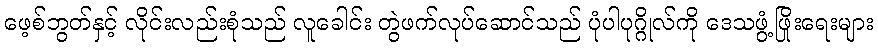
ဖေ့စ်ဘွတ်နှင့် လိုင်းလည်းစုံသည် လူခေါင်း တွဲဖက်လုပ်ဆောင်သည် ပုံပါပုဂ္ဂိုလ်ကို ဒေသဖွံ့ဖြိုးရေးများ